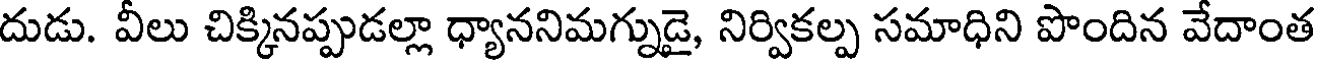
దుడు. వీలు చిక్కినప్పుడల్లా ధ్యాననిమగ్నుడై, నిర్వికల్ప సమాధిని పొందిన వేదాంత